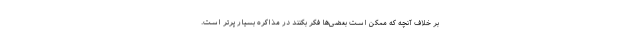
بر خلاف آنچه که ممکن است بعضی‌ها فکر بکنند در مذاکره بسیار پرتر است.